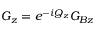
G _ { z } = e ^ { - i Q _ { z } } G _ { B z }